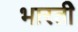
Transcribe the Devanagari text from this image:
भारतीे